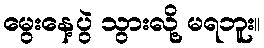
မွေးနေ့ပွဲ သွားလို့ မရဘူး။